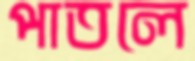
পাতলে